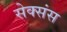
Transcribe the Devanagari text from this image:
सेक्संस